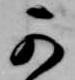
可